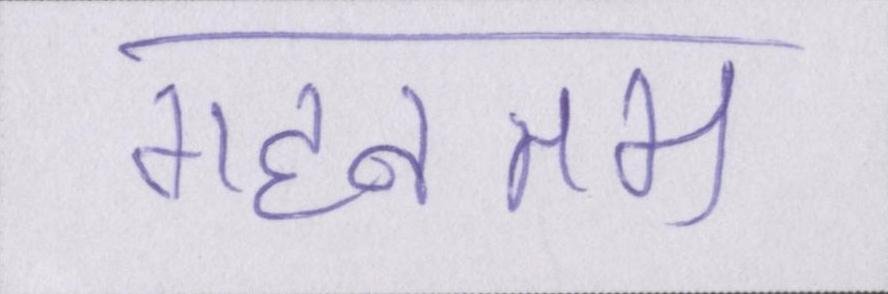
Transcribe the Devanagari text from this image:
गहनतम